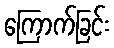
ကြောက်ခြင်း